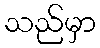
သည်မှာ